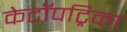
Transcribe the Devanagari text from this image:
केटॉपट्रिका